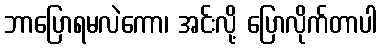
ဘာပြောရမလဲကော၊ အင်းလို့ ပြောလိုက်တာပါ